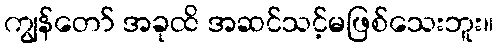
ကျွန်တော် အခုထိ အဆင်သင့်မဖြစ်သေးဘူး။